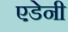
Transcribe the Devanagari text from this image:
एडेनी